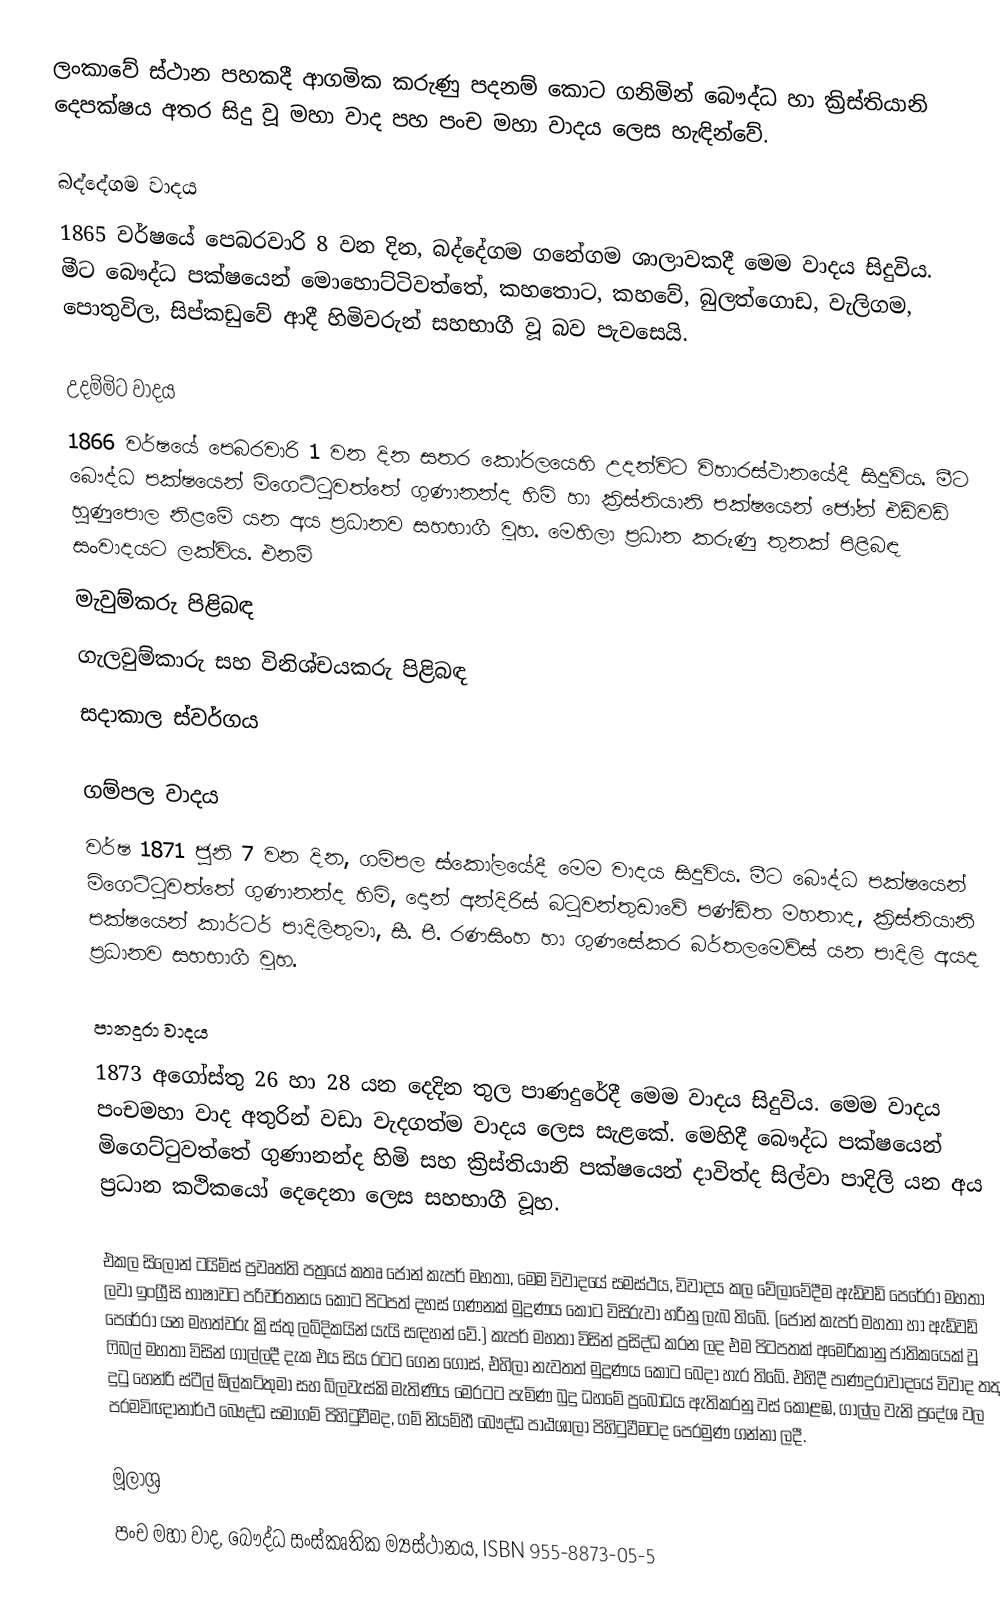
ලංකාවේ ස්ථාන පහකදී ආගමික කරුණු පදනම් කොට ගනිමින් බෞද්ධ හා ක්‍රිස්තියානි දෙපක්ෂය අතර සිදු වූ මහා වාද පහ පංච මහා වාදය ලෙස හැඳින්වේ.

බද්දේගම වාදය
1865 වර්ෂයේ පෙබරවාරි 8 වන දින, බද්දේගම ගනේගම ශාලාවකදී මෙම වාදය සිදුවිය. මීට බෞද්ධ පක්ෂයෙන් මොහොට්ටිවත්තේ, කහතොට, කහවේ, බුලත්ගොඩ, වැලිගම, පොතුවිල, සිප්කඩුවේ ආදී හිමිවරුන් සහභාගී වූ බව පැවසෙයි.

උදම්මිට වාදය
1866 වර්ෂයේ පෙබරවාරි 1 වන දින සතර කෝරලයෙහි උදන්විට විහාරස්ථානයේදී සිදුවිය. මීට බෞද්ධ පක්ෂයෙන් මිගෙට්ටුවත්තේ ගුණානන්ද හිමි හා ක්‍රිස්තියානි පක්ෂයෙන් ජෝන් එඩ්වඩ් හුණුපොල නිළමේ යන අය ප්‍රධානව සහභාගී වූහ. මෙහිලා ප්‍රධාන කරුණු තුනක් පිළිබඳ සංවාදයට ලක්විය. එනම්
මැවුම්කරු පිළිබඳ
ගැලවුම්කාරු සහ විනිශ්චයකරු පිළිබඳ
සදාකාල ස්වර්ගය

ගම්පල වාදය
වර්ෂ 1871 ජුනි 7 වන දින, ගම්පල ස්කෝලයේදී මෙම වාදය සිදුවිය. මීට බෞද්ධ පක්ෂයෙන් මිගෙට්ටුවත්තේ ගුණානන්ද හිමි, දොන් අන්දිරිස් බටුවන්තුඩාවේ පණ්ඩිත මහතාද, ක්‍රිස්තියානි පක්ෂයෙන් කාර්ටර් පාදිලිතුමා, සී. පී. රණසිංහ හා ගුණසේකර බර්තලමෙව්ස් යන පාදිලි අයද ප්‍රධානව සහභාගී වූහ.

පානදුරා  වාදය
1873 අගෝස්තු 26 හා 28 යන දෙදින තුල පාණදුරේදී මෙම වාදය සිදුවිය. මෙම වාදය පංචමහා වාද අතුරින් වඩා වැදගත්ම වාදය ලෙස සැළකේ. මෙහිදී බෞද්ධ පක්ෂයෙන් මිගෙට්ටුවත්තේ ගුණානන්ද හිමි සහ ක්‍රිස්තියානි පක්ෂයෙන් දාවිත්ද සිල්වා පාදිලි යන අය ප්‍රධාන කථිකයෝ දෙදෙනා ලෙස සහභාගී වූහ.

එකල සිලෝන් ටයිම්ස් ප්‍රවෘත්ති පත්‍රයේ කතෘ ජෝන් කැපර් මහතා, මෙම විවාදයේ සමස්ථය, විවාදය කල වේලාවේදීම ඇඩ්වඩ් පෙරේරා මහතා ලවා ඉංග්‍රීසි භාෂාවට පරිවර්තනය කොට පිටපත් දහස් ගණනක් මුද්‍රණය කොට විසිරුවා හරිනු ලැබ තිබේ. (ජෝන් කැපර් මහතා හා ඇඩ්වඩ් පෙරේරා යන මහත්වරු ක්‍රිස්තු ලබ්දිකයින් යැයි සඳහන් වේ.) කැපර් මහතා විසින් ප්‍රසිද්ධ කරන ලද එම පිටපතක් අමෙරිකානු ජාතිකයෙක් වූ ෆිබල් මහතා විසින් ගාල්ලදී දැක එය සිය රටට ගෙන ගොස්, එහිලා නැවතත් මුද්‍රණය කොට බෙදා හැර තිබේ. එහිදී පාණදුරාවාදයේ විවාද තතු දුටු හෙන්රි ස්ටීල් ඕල්කට්තුමා සහ බ්ලවැස්කි මැතිණිය මෙරටට පැමිණ බුදු ධහමේ ප්‍රබෝධය ඇතිකරනු වස් කොළඹ, ගාල්ල වැනි ප්‍රදේශ වල පරමවිඥානාර්ථ බෞද්ධ සමාගම් පිහිටුවීමද, ගම් නියම්හී බෞද්ධ පාඨශාලා පිහිටුවීමටද පෙරමුණ ගන්නා ලදී.

මූලාශ්‍ර
පංච මහා වාද, බෞද්ධ සංස්කෘතික ම්‍යස්ථානය, ISBN 955-8873-05-5